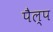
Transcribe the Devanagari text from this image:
पैल्प